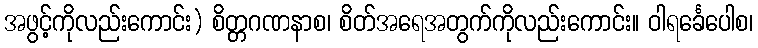
အဖွင့်ကိုလည်းကောင်း) စိတ္တဂဏနာစ၊ စိတ်အရေအတွက်ကိုလည်းကောင်း။ ဝါရင်္ခေပေါစ၊